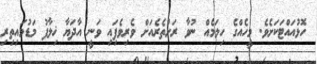
ހޮޅުއައްޓަކަށެވެ. މީހެއްގެ ހިލަމެއް ނުވާ ރަށުތެރެއަށް ވެރިވެފަިއި ވަނީ އާދަޔާ ޚިލާފު މަޑުމައިތިރި